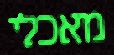
מאכלי